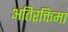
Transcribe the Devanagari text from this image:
अतिरक्तिमा